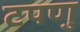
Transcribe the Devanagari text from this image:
टपणु